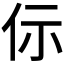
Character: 𠇣